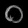
Digit: ၀